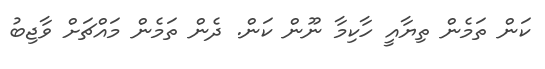
ކަން ތަމެން ތިޔާއީ ހާކިމާ ނޫން ކަން. ދެން ތަމެން މައްޗަށް ވާޖިބު